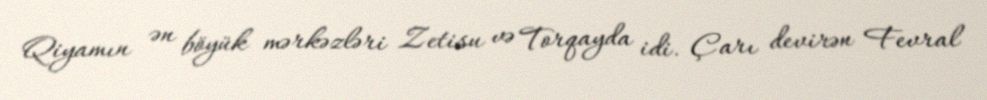
Qiyamın ən böyük mərkəzləri Zetisu və Torqayda idi. Çarı devirən Fevral